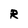
Character: R